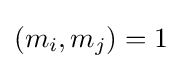
(m_{i},m_{j})=1